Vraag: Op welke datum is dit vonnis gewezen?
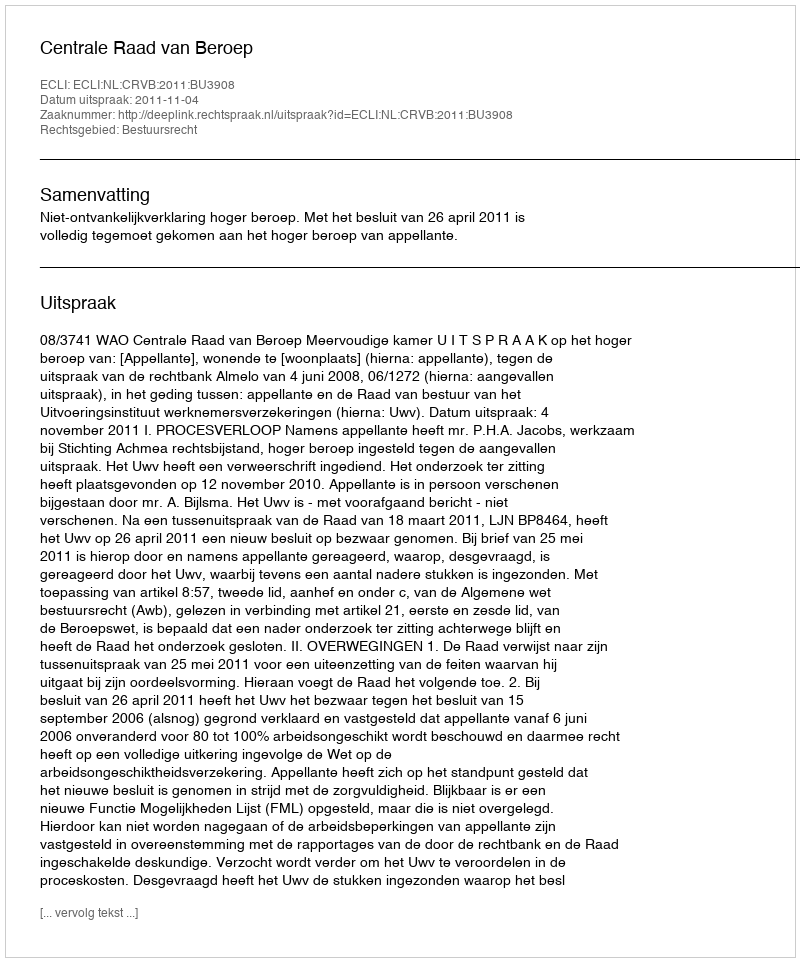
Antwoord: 2011-11-04